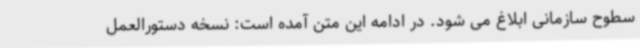
سطوح سازمانی ابلاغ می شود. در ادامه این متن آمده است: نسخه دستورالعمل